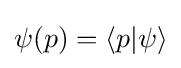
\psi (p)=\langle p|\psi \rangle